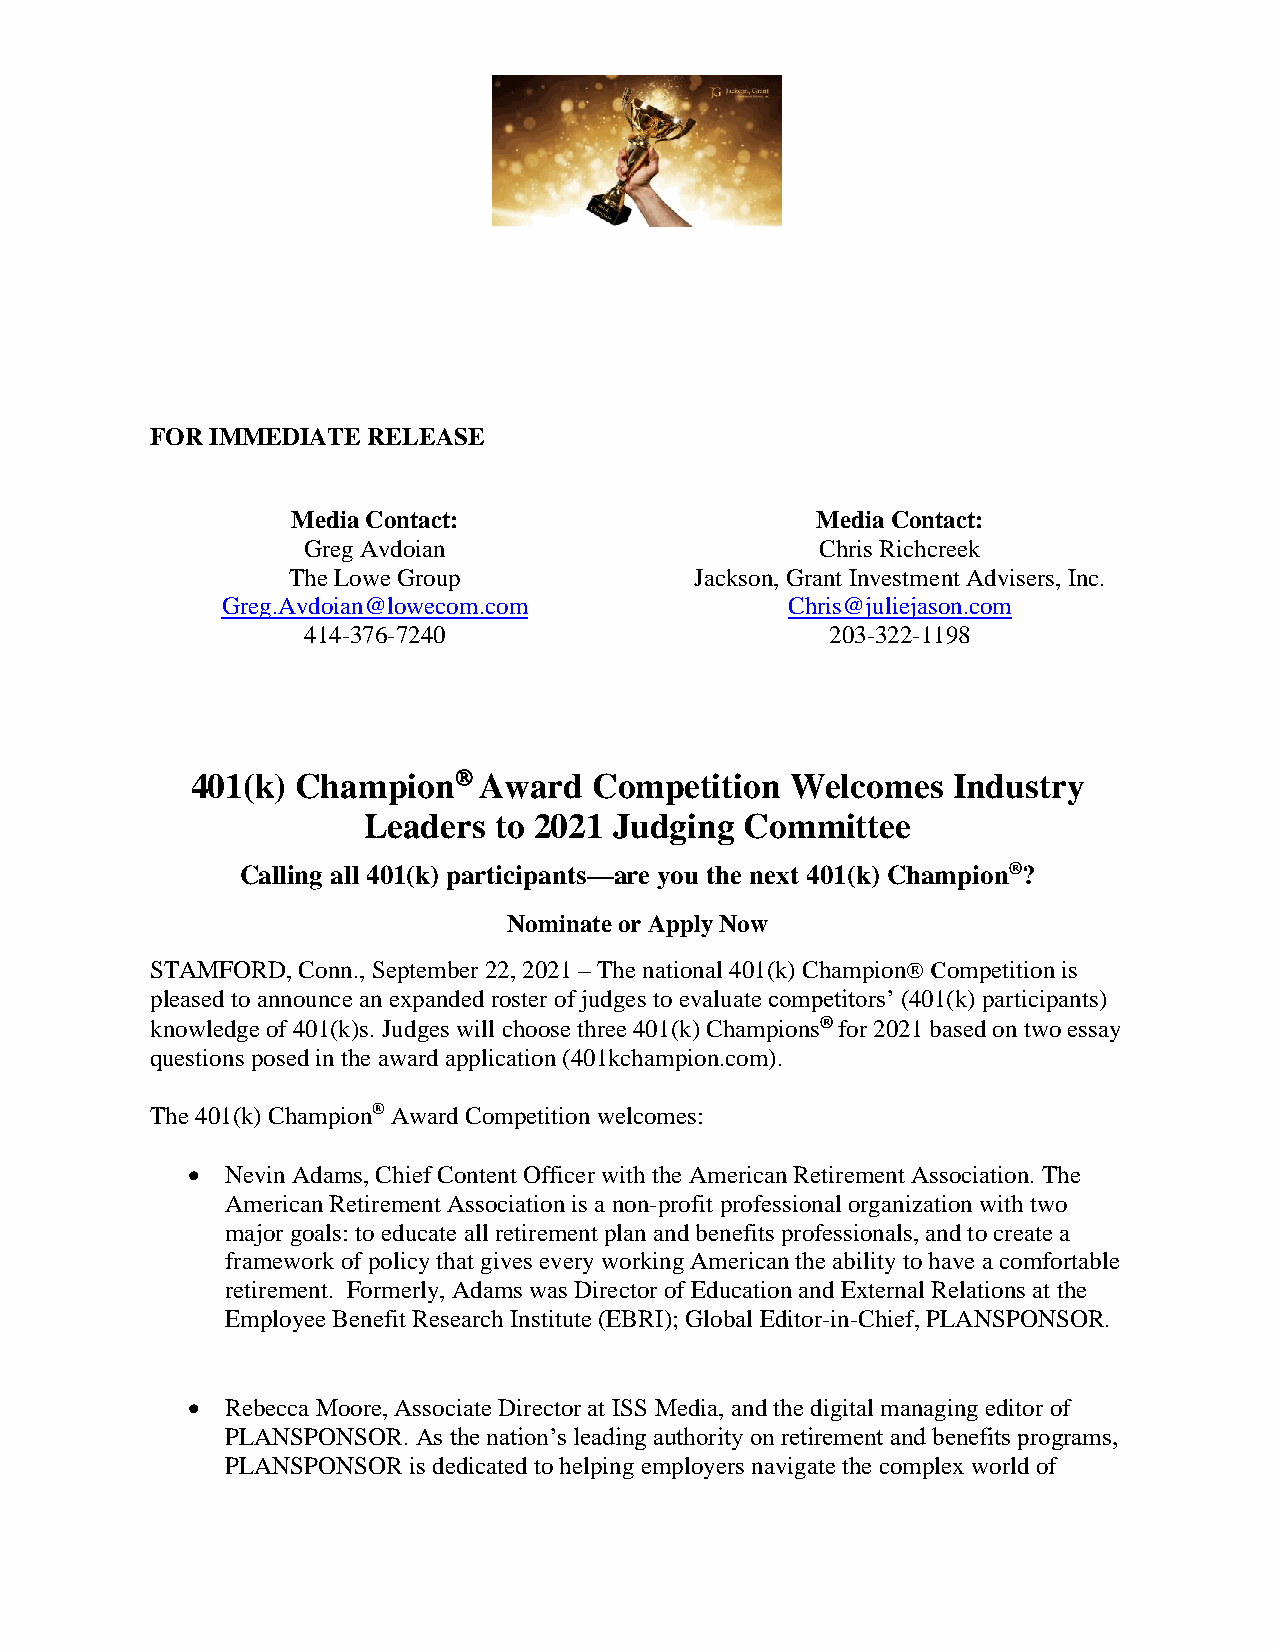
FOR IMMEDIATE RELEASE
 Media Contact:                     Media Contact:
 Greg Avdoian                      Chris Richcreek
 The Lowe Group             Jackson, Grant Investment Advisers, Inc.
 Greg.Avdoian@lowecom.com             Chris@juliejason.com
 414-376-7240                       203-322-1198
 401(k) Champion   Award  Competition  Welcomes   Industry
 Leaders  to 2021 Judging Committee
 Calling all 401(k) participants—are you the next 401(k) Champion®?
 Nominate or Apply Now
 STAMFORD, Conn., September 22, 2021 – The national 401(k) Champion Competition is
 pleased to announce an expanded roster of judges to evaluate competitors’ (401(k) participants)
 knowledge of 401(k)s. Judges will choose three 401(k) Champions® for 2021 based on two essay
 questions posed in the award application (401kchampion.com).
 The 401(k) Champion® Award Competition welcomes:
 •  Nevin Adams, Chief Content Officer with the American Retirement Association. The
 American Retirement Association is a non-profit professional organization with two
 major goals: to educate all retirement plan and benefits professionals, and to create a
 framework of policy that gives every working American the ability to have a comfortable
 retirement. Formerly, Adams was Director of Education and External Relations at the
 Employee Benefit Research Institute (EBRI); Global Editor-in-Chief, PLANSPONSOR.
 •  Rebecca Moore, Associate Director at ISS Media, and the digital managing editor of
 PLANSPONSOR. As the nation’s leading authority on retirement and benefits programs,
 PLANSPONSOR is dedicated to helping employers navigate the complex world of